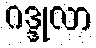
ဂဒ္ဒုလာ